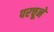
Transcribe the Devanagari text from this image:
परचूने